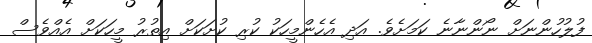
ފުލުހުންނަށް ނޯންނާނެ ކަމަށެވެ. އަދި އެހެންމީހަކު ކުރި ކުށަކަށް އިތުރު މީހަކަށް އެއްވެސް